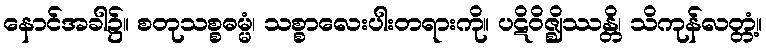
နောင်အခါ၌။ စတုသစ္စဓမ္မံ၊ သစ္စာလေးပါးတရားကို။ ပဋိဝိဇ္ဈိဿန္တိ၊ သိကုန်လတ္တံ့။